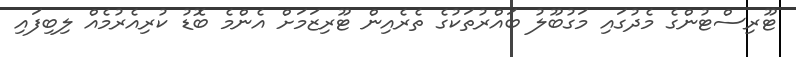
ޓޫރިސްޓުންގެ މެދުގައި މަގުބޫލު ބައްރުތަކުގެ ތެރެއިން ޓޫރިޒަމަށް އެންމެ ބޮޑު ކުރިއެރުމެއް ލިބިފައި